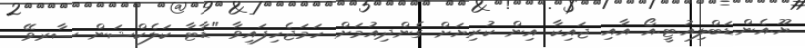
ޔޫ.އެން.ޑަބްލިއު.ޓީ.އޯ އާއި ޖައިކާ އިން ކުރިޔަށް ގެންދިއުމަށް ހަމަޖެހިފައިވާ "ޑާޓާ ކަލެކްޝަން ސާރވޭ